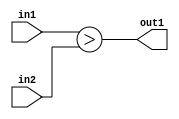
`timescale 1ps / 1ps
/*****************************************************************************
    Verilog RTL Description
    
    
    Created by: Stratus DpOpt 21.05.01 
*******************************************************************************/

module SobelFilter_LessThan_8Ux8U_1U_1 (
	in2,
	in1,
	out1
	); /* architecture "behavioural" */ 
input [7:0] in2,
	in1;
output  out1;
wire  asc001;

assign asc001 = (in1>in2);

assign out1 = asc001;
endmodule

/* CADENCE  urfzTww= : u9/ySxbfrwZIxEzHVQQV8Q== ** DO NOT EDIT THIS LINE ******/